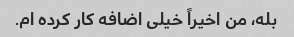
بله، من اخیراً خیلی اضافه کار کرده ام.